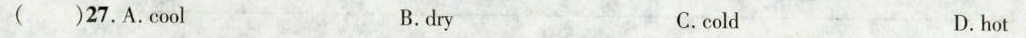
( )27.A.cool B.dry C.cold D.hot